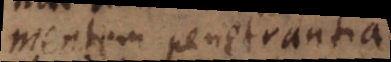
mentem penetrantia